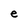
Character: e